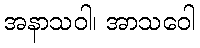
အနာသဝါ၊ အာသဝေါ